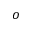
o